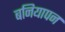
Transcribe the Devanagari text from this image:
बनियापन